system: You are a helpful assistant.
user:
Analyze the provided spectrum to determine if it is a **"Cataclysmic Variables (CV)"**.

- **Key Indicators for CV (Check for either state):**
    - **State 1: Quiescent / Low-State (Emission-Dominated)**
        - **(Primary):** Strong and *very broad* Hydrogen Balmer emission lines (e.g., $H\alpha$ at 6563 Å, $H\beta$ at 4861 Å). The 'broadness' (high velocity dispersion, often FWHM > 1000 km/s) is the key diagnostic, indicating a high-velocity accretion disk.
        - **(Secondary):** Broad neutral Helium (He I) emission lines (e.g., 5876 Å, 6678 Å).
        - **(Key Confirmation):** Presence of high-excitation *ionized* Helium (He II) emission at 4686 Å. This is a strong indicator of accretion onto a white dwarf.
        - **(Line Profile):** Emission lines may exhibit a 'double-peaked' profile, which is a classic signature of a rotating accretion disk viewed at high inclination.

    - **State 2: Outburst / High-State (Absorption-Dominated)**
        - **(Primary):** Spectrum is dominated by a bright, blue continuum (looks like a hot star).
        - **(Secondary):** The emission lines from State 1 are weak, absent, or 'filled in', and are replaced by broad, shallow *absorption* lines (primarily Balmer and He I).
        - **(Morphology):** The overall spectrum mimics a hot B/A-type star. The crucial difference is that the absorption lines are significantly broader, shallower, and more 'washed-out' (or 'smeared') than the sharp lines of a normal stellar photosphere, due to high rotational speeds and pressure broadening in the disk.

Think first, call **spectral_visualization_tool** if needed to examine features in detail, then provide your final answer. Your response must adhere to the following strict rules:
1.  **Overall Structure:** Your response must follow the format `<think>...</think> <tool_call>...</tool_call> (if a tool is used) <answer>...</answer>`.
2.  **Tool Usage Constraint:** You may only make **one** tool call per turn.
3.  **Final Answer Format:** In the `<answer>` tag, your conclusion must be inside a `\boxed{}` command (e.g., `\boxed{YES}`), followed by your justification.

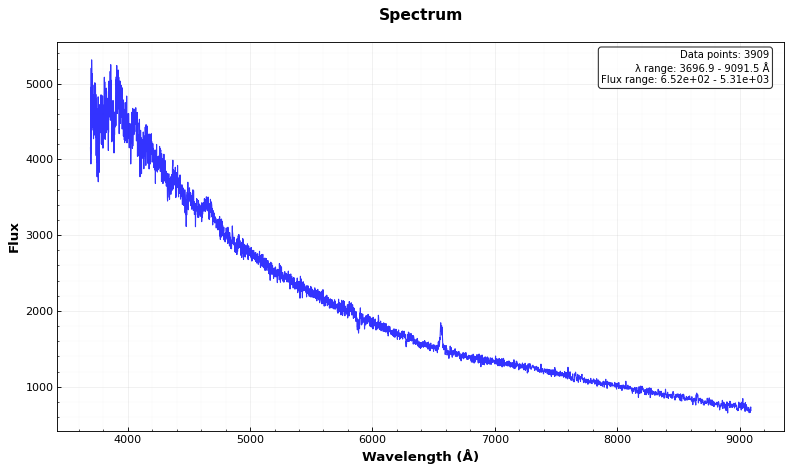
Answer: YES